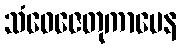
သံဝေဇေတုကာမေန